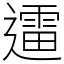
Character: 䢮